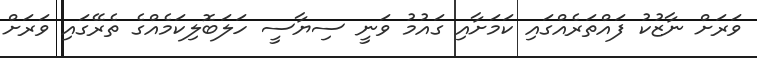
ވަރަށް ނާޒުކު ފައްތަރެއްގައި ކަމަށާއި ގައުމު ވަނީ ސިޔާސީ ހަލަބޮލިކަމެއްގެ ތެރޭގައި ވަރަށް